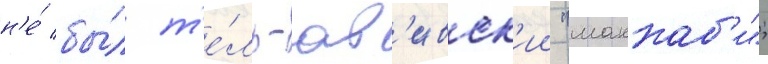
н'е́ бы́л т'е́ль-ав'ивск'ии "маккаб'и";